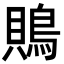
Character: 鵙